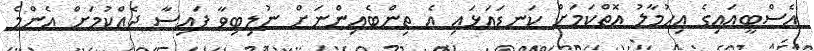
އެސްބީއައިގެ އިހުމާލު އޮތްކަމަށް ކަނޑައަޅައި އެ ތިންބެއިންނަށް ނުލިބިވާ ފައިސާ ދެއްކުމަށް އެންމެ